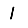
Digit: 1